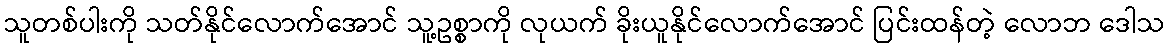
သူတစ်ပါးကို သတ်နိုင်လောက်အောင် သူ့ဥစ္စာကို လုယက် ခိုးယူနိုင်လောက်အောင် ပြင်းထန်တဲ့ လောဘ ဒေါသ